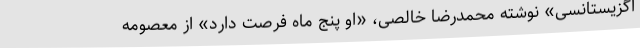
اگزیستانسی» نوشته محمدرضا خالصی، «او پنج ماه فرصت دارد» از معصومه